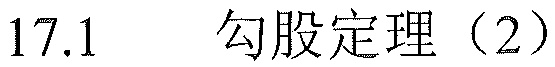
17.1 勾股定理（2）